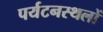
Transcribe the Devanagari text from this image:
पर्यटनस्थलों